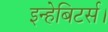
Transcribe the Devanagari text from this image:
इन्हेबिटर्स।